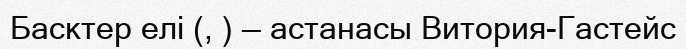
Басктер елі (, ) — астанасы Витория-Гастейс